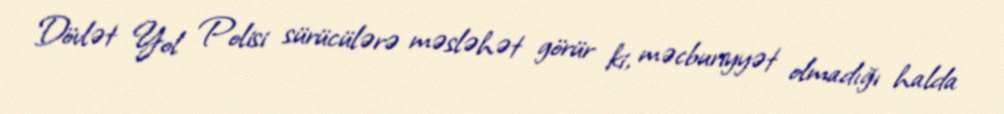
Dövlət Yol Polisi sürücülərə məsləhət görür ki, məcburiyyət olmadığı halda